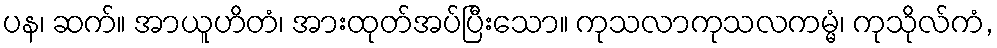
ပန၊ ဆက်။ အာယူဟိတံ၊ အားထုတ်အပ်ပြီးသော။ ကုသလာကုသလကမ္မံ၊ ကုသိုလ်ကံ,